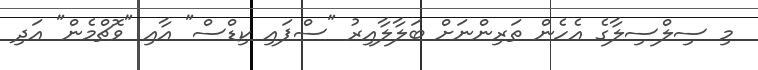
މި ސިލްސިލާގެ އެހެން ތަރިންނަށް ބަލާލާއިރު "ސްޕައި ކިޑްސް" އާއި "ވޮޗްމެން" އަދި